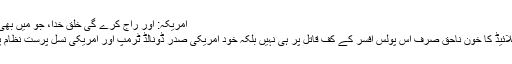
امریکہ: اور راج کرے گی خلق خدا، جو میں بھی ہوں اور تم بھی ہو… ظفر آغا
آخر اس سیاہ فام افریقی جارج فلائیڈ کا خون ناحق صرف اس پولس افسر کے کف قاتل پر ہی نہیں بلکہ خود امریکی صدر ڈونالڈ ٹرمپ اور امریکی نسل پرست نظام پر ایک بدنما داغ بن کر جم گیا۔